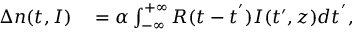
\begin{array} { r l } { \Delta n ( t , I ) } & { { } = \alpha \int _ { - \infty } ^ { + \infty } R ( t - t ^ { ' } ) I ( t ^ { \prime } , z ) d t ^ { ' } , } \end{array}